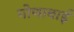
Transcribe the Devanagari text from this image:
गोणाबाई